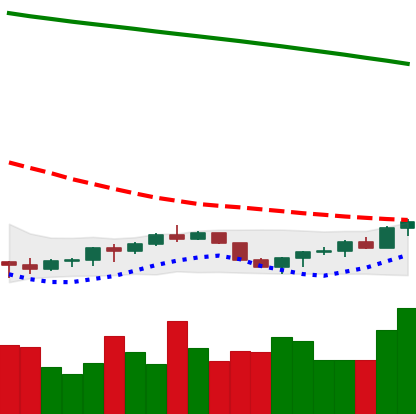
Ticker: EOS-USD
Chart end date: 2022-07-19
Forward return: 11.905%
Label: up_7plus